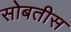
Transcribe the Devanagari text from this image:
सोबतीस